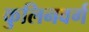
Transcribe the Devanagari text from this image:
कुलिनवर्ग